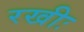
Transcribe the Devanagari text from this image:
रखीः